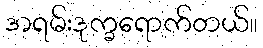
အရမ်းဒုက္ခရောက်တယ်။